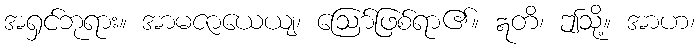
အရှင်ဘုရား။ အာမဇာယေယျ၊ ဩော်ဖြစ်ရာ၏။ ဣတိ၊ ဤသို့။ အာဟ၊